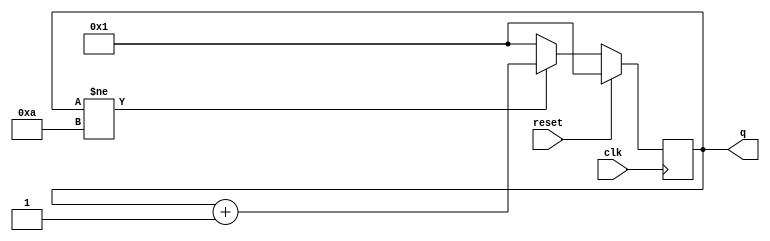
module top_module (
    input clk,
    input reset,
    output [3:0] q);

    always @ (posedge clk)
        begin
            if(reset)
                q<=1;
            else if (q != 4'd10)
                q<=q+1;
            else
                q<=1;
        end
endmodule